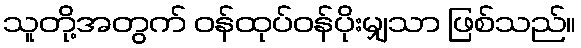
သူတို့အတွက် ဝန်ထုပ်ဝန်ပိုးမျှသာ ဖြစ်သည်။